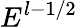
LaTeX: E^{l-1/2}